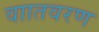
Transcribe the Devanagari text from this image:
वाातवरण